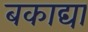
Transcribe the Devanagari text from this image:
बकाद्या